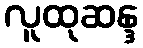
လူထုဆန္ဒ